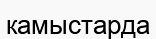
камыстарда